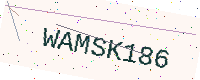
Text: WAMSK186